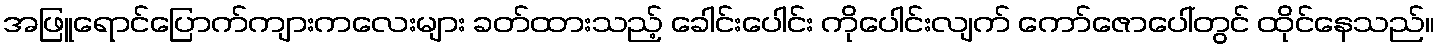
အဖြူရောင်ပြောက်ကျားကလေးများ ခတ်ထားသည့် ခေါင်းပေါင်း ကိုပေါင်းလျက် ကော်ဇောပေါ်တွင် ထိုင်နေသည်။